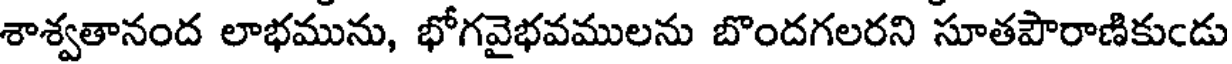
శాశ్వతానంద లాభమును, భోగవైభవములను బొందగలరని సూతపౌరాణికుండు